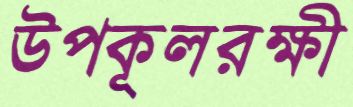
উপকূলরক্ষী